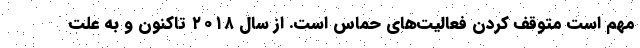
مهم است متوقف کردن فعالیت‌های حماس است. از سال ۲۰۱۸ تاکنون و به علت